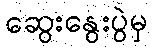
ဆွေးနွေးပွဲမှ